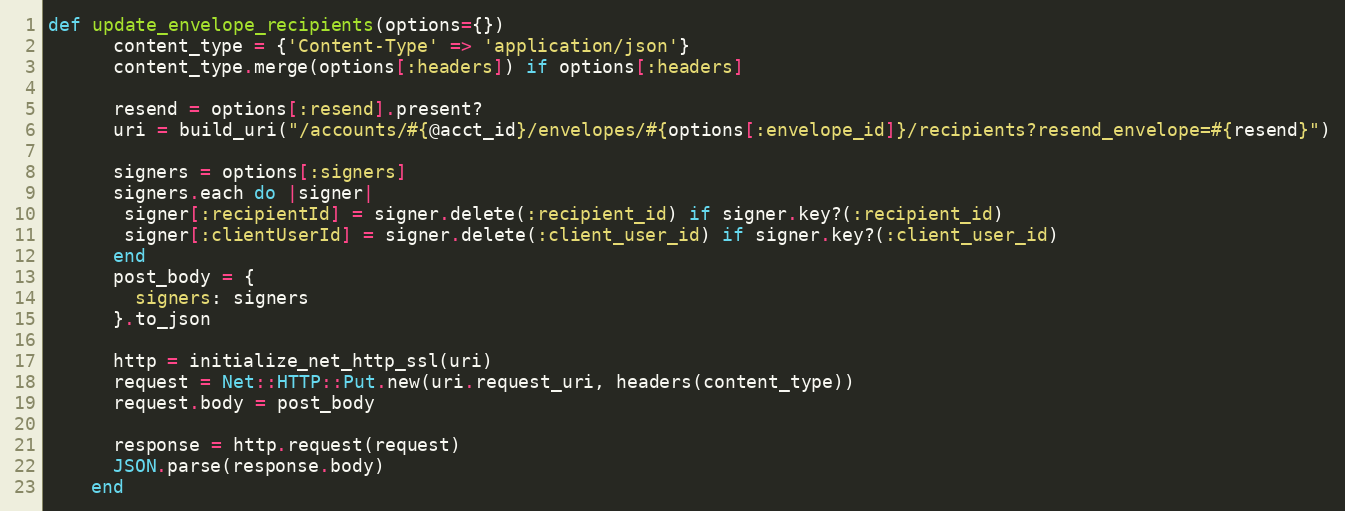
Language: Ruby
def update_envelope_recipients(options={})
      content_type = {'Content-Type' => 'application/json'}
      content_type.merge(options[:headers]) if options[:headers]

      resend = options[:resend].present?
      uri = build_uri("/accounts/#{@acct_id}/envelopes/#{options[:envelope_id]}/recipients?resend_envelope=#{resend}")

      signers = options[:signers]
      signers.each do |signer|
       signer[:recipientId] = signer.delete(:recipient_id) if signer.key?(:recipient_id)
       signer[:clientUserId] = signer.delete(:client_user_id) if signer.key?(:client_user_id)
      end
      post_body = {
        signers: signers
      }.to_json

      http = initialize_net_http_ssl(uri)
      request = Net::HTTP::Put.new(uri.request_uri, headers(content_type))
      request.body = post_body

      response = http.request(request)
      JSON.parse(response.body)
    end